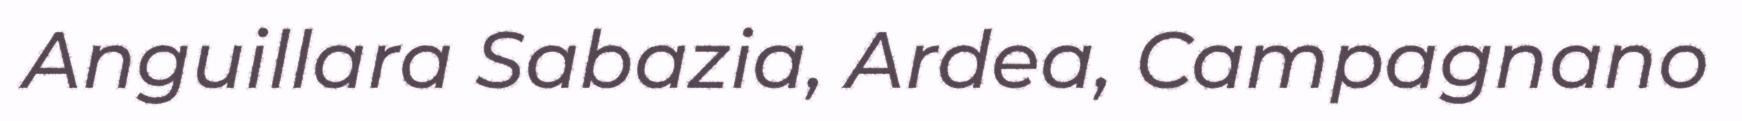
Anguillara Sabazia, Ardea, Campagnano